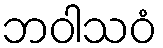
ဘဝါသဝံ